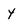
Character: y